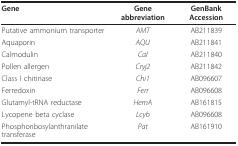
| Gene | Gene abbreviation | GenBank Accession |
 | --- | --- | --- |
 | Putative ammonium transporter | AMT | AB211839 |
 | Aquaporin | AQU | AB211841 |
 | Calmodulin | Cal | AB211840 |
 | Pollen allergen | Cryj2 | AB211842 |
 | Class I chitinase | Chi1 | AB096607 |
 | Ferredoxin | Ferr | AB096608 |
 | Glutamyl-tRNA reductase | HemA | AB161815 |
 | Lycopene beta cyclase | Lcyb | AB096608 |
 | Phosphoribosylanthranilate transferase | Pat | AB161910 |